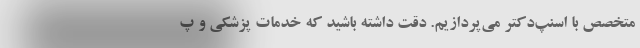
متخصص با اسنپ‌دکتر می‌پردازیم. دقت داشته باشید که خدمات پزشکی و پ